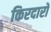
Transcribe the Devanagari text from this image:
किरदारो